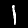
Digit: 1